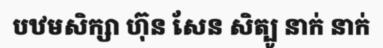
បឋមសិក្សា ហ៊ុន សែន សិត្បូ នាក់ នាក់